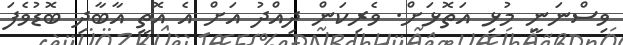
ވިސްނަނީ މުޅި އަތޮޅަށް. ވެރިކަން ދިއްދު އަށް އެ އޮތީ އާބާދި ބޮޑުވެފަ